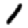
Digit: 1